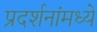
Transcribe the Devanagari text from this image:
प्रदर्शनांमध्ये